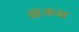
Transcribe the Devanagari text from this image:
वाजना